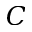
C